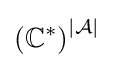
\left(\mathbb {C} ^{*}\right)^{|{\mathcal {A}}|}